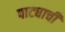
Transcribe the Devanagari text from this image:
पाट्याची